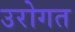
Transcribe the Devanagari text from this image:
उरोगत